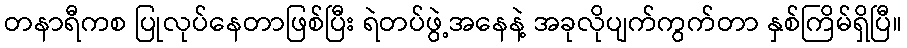
တနာရီကစ ပြုလုပ်နေတာဖြစ်ပြီး ရဲတပ်ဖွဲ့အနေနဲ့ အခုလိုပျက်ကွက်တာ နှစ်ကြိမ်ရှိပြီ။